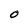
Character: O